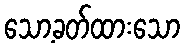
သော့ခတ်ထားသော